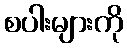
စပါးများကို